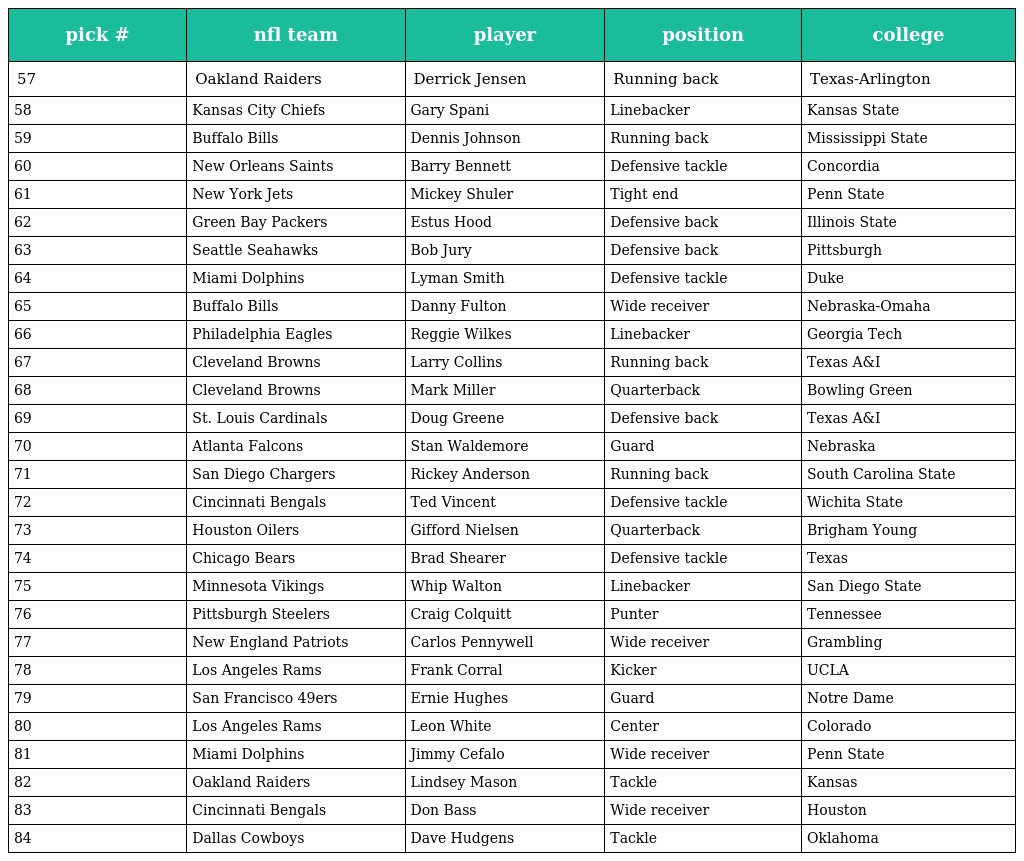
| pick # | nfl team | player | position | college |
 | --- | --- | --- | --- | --- |
 | 57 | Oakland Raiders | Derrick Jensen | Running back | Texas-Arlington |
 | 58 | Kansas City Chiefs | Gary Spani | Linebacker | Kansas State |
 | 59 | Buffalo Bills | Dennis Johnson | Running back | Mississippi State |
 | 60 | New Orleans Saints | Barry Bennett | Defensive tackle | Concordia |
 | 61 | New York Jets | Mickey Shuler | Tight end | Penn State |
 | 62 | Green Bay Packers | Estus Hood | Defensive back | Illinois State |
 | 63 | Seattle Seahawks | Bob Jury | Defensive back | Pittsburgh |
 | 64 | Miami Dolphins | Lyman Smith | Defensive tackle | Duke |
 | 65 | Buffalo Bills | Danny Fulton | Wide receiver | Nebraska-Omaha |
 | 66 | Philadelphia Eagles | Reggie Wilkes | Linebacker | Georgia Tech |
 | 67 | Cleveland Browns | Larry Collins | Running back | Texas A&I |
 | 68 | Cleveland Browns | Mark Miller | Quarterback | Bowling Green |
 | 69 | St. Louis Cardinals | Doug Greene | Defensive back | Texas A&I |
 | 70 | Atlanta Falcons | Stan Waldemore | Guard | Nebraska |
 | 71 | San Diego Chargers | Rickey Anderson | Running back | South Carolina State |
 | 72 | Cincinnati Bengals | Ted Vincent | Defensive tackle | Wichita State |
 | 73 | Houston Oilers | Gifford Nielsen | Quarterback | Brigham Young |
 | 74 | Chicago Bears | Brad Shearer | Defensive tackle | Texas |
 | 75 | Minnesota Vikings | Whip Walton | Linebacker | San Diego State |
 | 76 | Pittsburgh Steelers | Craig Colquitt | Punter | Tennessee |
 | 77 | New England Patriots | Carlos Pennywell | Wide receiver | Grambling |
 | 78 | Los Angeles Rams | Frank Corral | Kicker | UCLA |
 | 79 | San Francisco 49ers | Ernie Hughes | Guard | Notre Dame |
 | 80 | Los Angeles Rams | Leon White | Center | Colorado |
 | 81 | Miami Dolphins | Jimmy Cefalo | Wide receiver | Penn State |
 | 82 | Oakland Raiders | Lindsey Mason | Tackle | Kansas |
 | 83 | Cincinnati Bengals | Don Bass | Wide receiver | Houston |
 | 84 | Dallas Cowboys | Dave Hudgens | Tackle | Oklahoma |